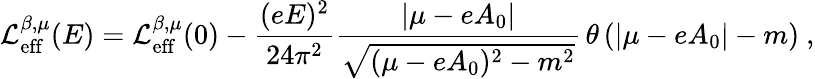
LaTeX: {\cal L}_{\mathrm{eff}}^{\beta,\mu}(E)={\cal L}_{\mathrm{eff}}^{\beta,\mu}(0)-\frac{(eE)^{2}}{24\pi^{2}}\frac{|\mu-eA_{0}|}{\sqrt{(\mu-eA_{0})^{2}-m^{2}}}\, \theta\left(|\mu-eA_{0}|-m\right)\ ,